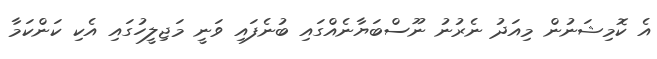
އެ ކޮމިޝަނުން މިއަދު ނެރުނު ނޫސްބަޔާނެއްގައި ބުނެފައި ވަނީ މަޖިލީހުގައި އެކި ކަންކަމާ